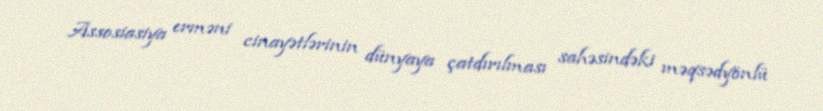
Assosiasiya erməni cinayətlərinin dünyaya çatdırılması sahəsindəki məqsədyönlü